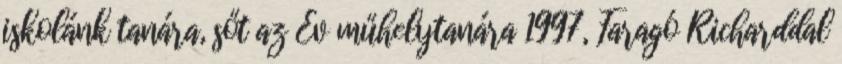
iskolánk tanára, sőt az Év műhelytanára 1997, Faragó Richarddal